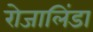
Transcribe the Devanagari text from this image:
रोजालिंडा